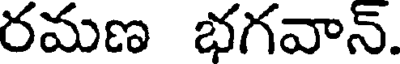
రమణ భగవాన్.